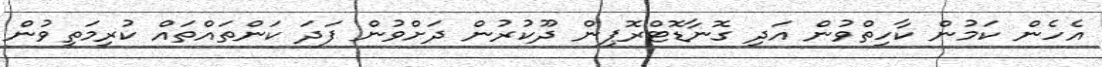
އެހެން ކަމުން ކާހިތްވުން އަދި ގޮނާޑޮޓްރޮޕިން ދޫކުރުން ދަށްވުން ފަދަ ކަންތައްތައް ކުރިމަތިވުން